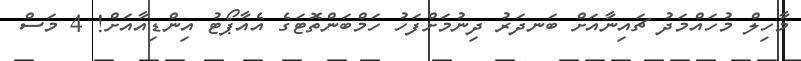
މާހިލް މުހައްމަދު ޗައިނާއަށް ބަނދަރު ދިނުމަށްފަހު ހަމްބަންތޮޓަގެ އެއާޕޯޓު އިންޑިއާއަށް! 4 މަސް